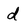
Character: d